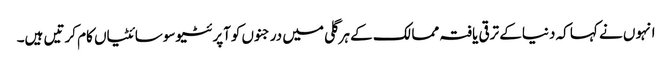
انہوں نے کہا کہ دنیاکے ترقی یافتہ ممالک کے ہرگلی میں درجنوں کوآپرئٹیوسوسائٹیاں کام کرتیں ہیں۔